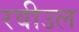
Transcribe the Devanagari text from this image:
रवीउल